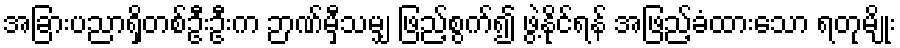
အခြားပညာရှိတစ်ဦးဦးက ဉာဏ်မှီသမျှ ဖြည့်စွက်၍ ဖွဲ့နိုင်ရန် အဖြည့်ခံထားသော ရတုမျိုး